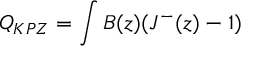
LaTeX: Q _ { K P Z } = \int B ( z ) ( J ^ { - } ( z ) - 1 )